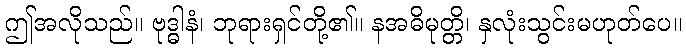
ဤအလိုသည်။ ဗုဒ္ဓါနံ၊ ဘုရားရှင်တို့၏။ နအဓိမုတ္တိ၊ နှလုံးသွင်းမဟုတ်ပေ။